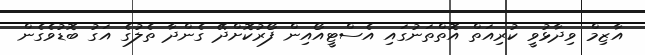
އާޒިމް ވިދާޅުވީ ކުރިއަތް އޮތްތަނުގައި އެސްޓީއޯއިން ފޯރުކޮށްދޭ ގެންދާ ތެލުގެ އަގު ބޮޑުވެގެން